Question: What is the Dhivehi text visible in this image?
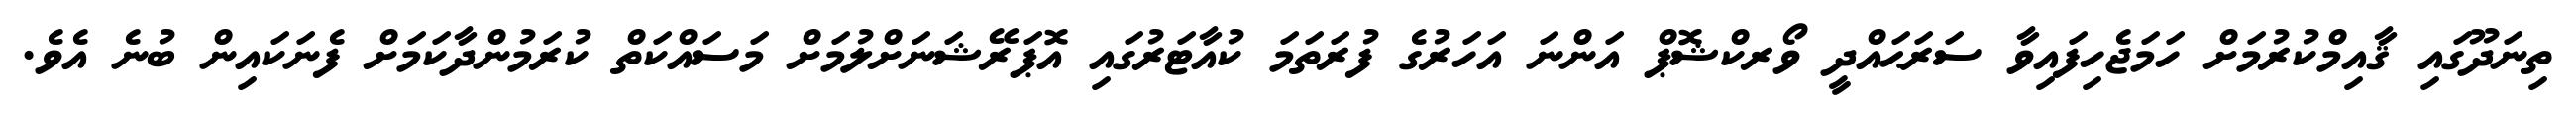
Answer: ތިނަދޫގައި ޤާއިމްކުރުމަށް ހަމަޖެހިފައިވާ ސަރަޙައްދީ ވޯރކްޝޮޕް އަންނަ އަހަރުގެ ފުރަތަމަ ކުއާޓަރުގައި އޮޕަރޭޝަނަށްލުމަށް މަސައްކަތް ކުރަމުންދާކަމަށް ފެނަކައިން ބުނެ އެވެ.